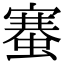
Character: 䗙